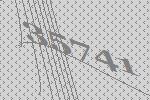
35741